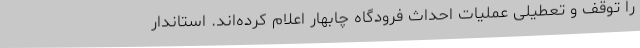
را توقف و تعطیلی عملیات احداث فرودگاه چابهار اعلام کرده‌اند. استاندار